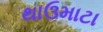
થાઉમાટા